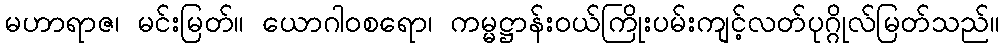
မဟာရာဇ၊ မင်းမြတ်။ ယောဂါဝစရော၊ ကမ္မဋ္ဌာန်းဝယ်ကြိုးပမ်းကျင့်လတ်ပုဂ္ဂိုလ်မြတ်သည်။